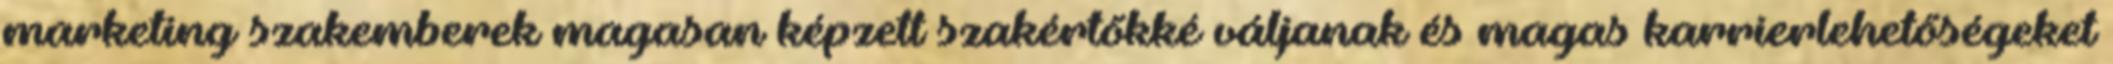
marketing szakemberek magasan képzett szakértőkké váljanak és magas karrierlehetőségeket